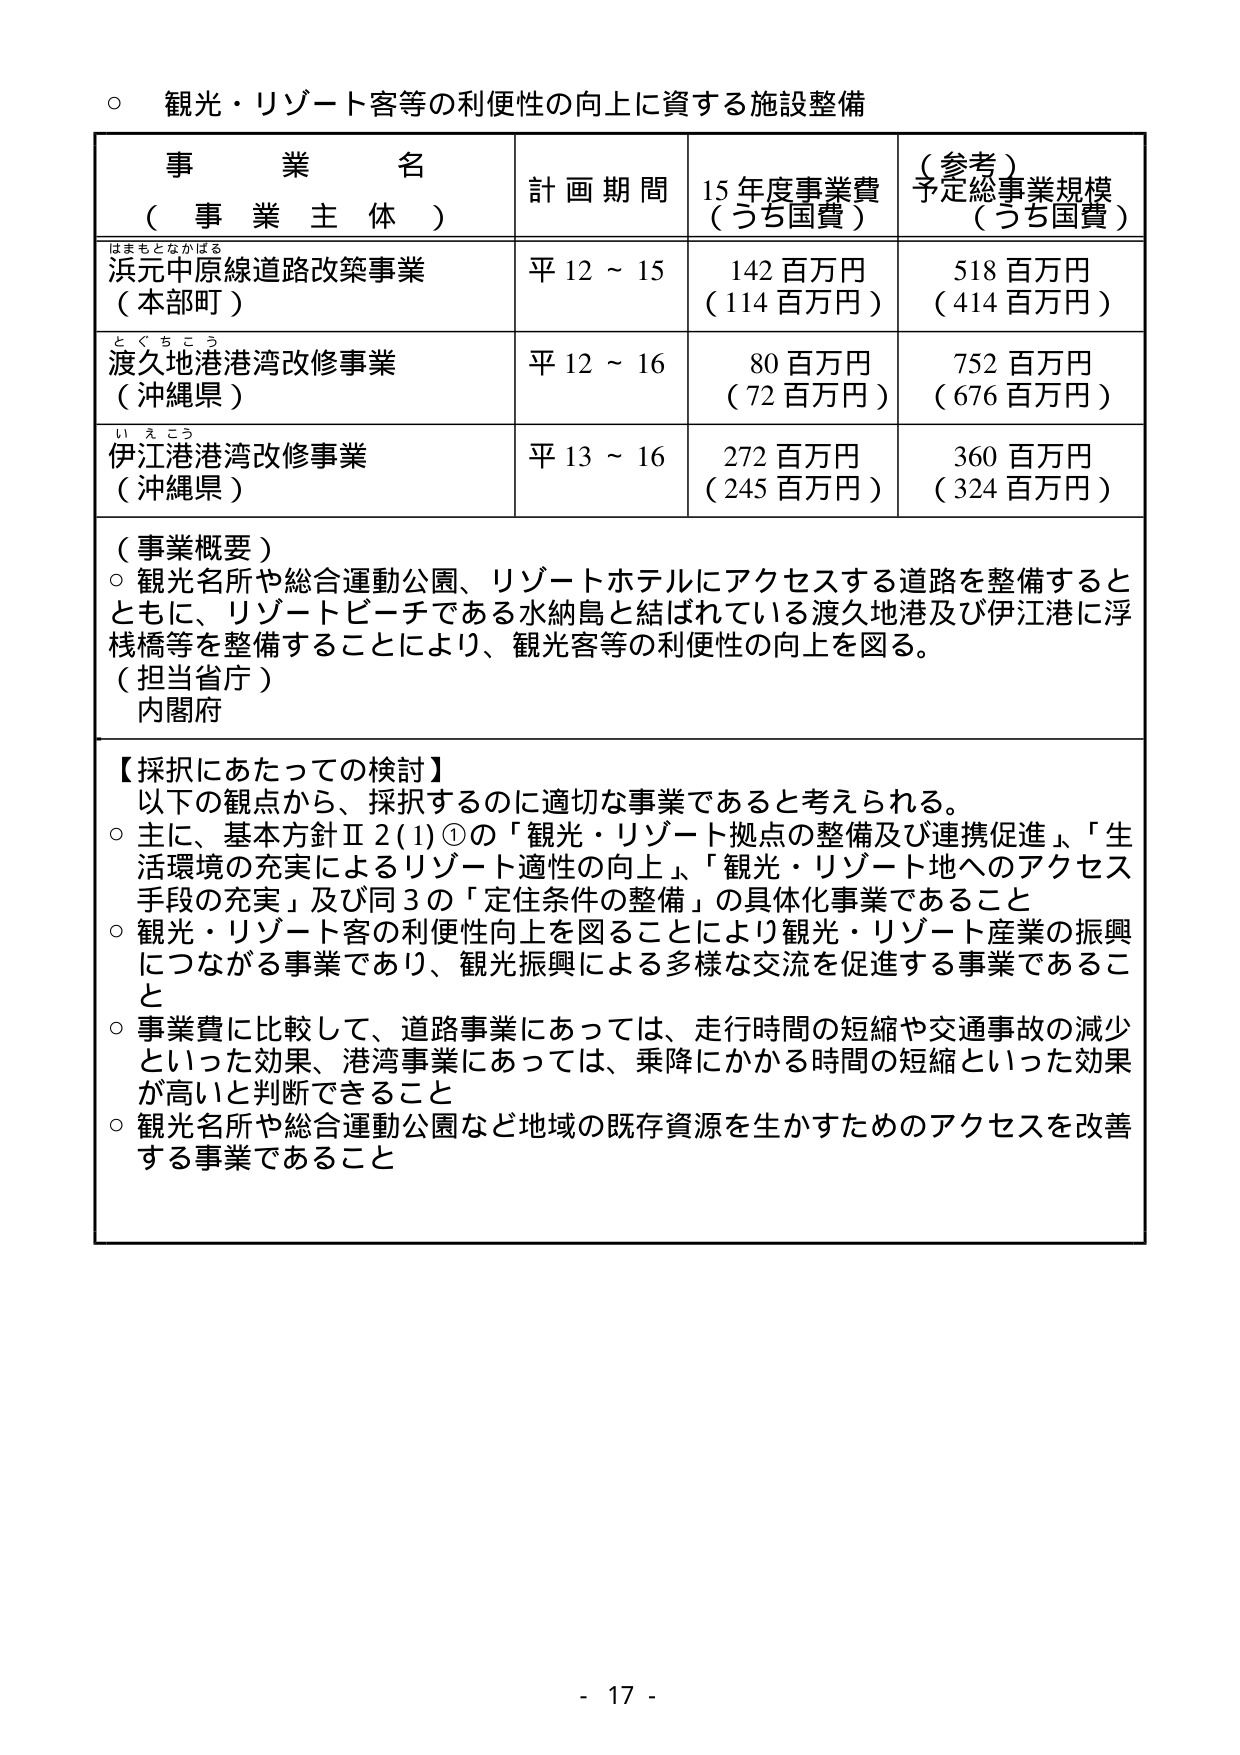
○ 観光・リゾート客等の利便性の向上に資する施設整備

事 業 名
（ 事 業 主 体 ）

計画期間

15年度事業費
（うち国費）

（参考）
予定総事業規模
（うち国費）

はまもとなかはる
浜元中原線道路改築事業
（本部町）

平12～15

142百万円
（114百万円）

518百万円
（414百万円）

とぐちこう
渡久地港港湾改修事業
（沖縄県）

平12～16

80百万円
（72百万円）

752百万円
（676百万円）

いえこう
伊江港港湾改修事業
（沖縄県）

平13～16

272百万円
（245百万円）

360百万円
（324百万円）

（事業概要）
○ 観光名所や総合運動公園、リゾートホテルにアクセスする道路を整備するとともに、リゾートビーチである水納島と結ばれている渡久地港及び伊江港に浮桟橋等を整備することにより、観光客等の利便性の向上を図る。
（担当省庁）
内閣府

【採択にあたっての検討】
以下の観点から、採択するのに適切な事業であると考えられる。
○ 主に、基本方針Ⅱ2(1)①の「観光・リゾート拠点の整備及び連携促進」、「生活環境の充実によるリゾート適性の向上」、「観光・リゾート地へのアクセス手段の充実」及び同3の「定住条件の整備」の具体化事業であること
○ 観光・リゾート客の利便性向上を図ることにより観光・リゾート産業の振興につながる事業であり、観光振興による多様な交流を促進する事業であること
○ 事業費に比較して、道路事業にあっては、走行時間の短縮や交通事故の減少といった効果、港湾事業にあっては、乗降にかかる時間の短縮といった効果が高いと判断できること
○ 観光名所や総合運動公園など地域の既存資源を生かすためのアクセスを改善する事業であること

- 17 -